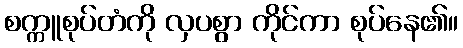
စက္ကူစုပ်တံကို လှပစွာ ကိုင်ကာ စုပ်နေ၏။